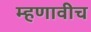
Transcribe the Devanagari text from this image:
म्हणावीच